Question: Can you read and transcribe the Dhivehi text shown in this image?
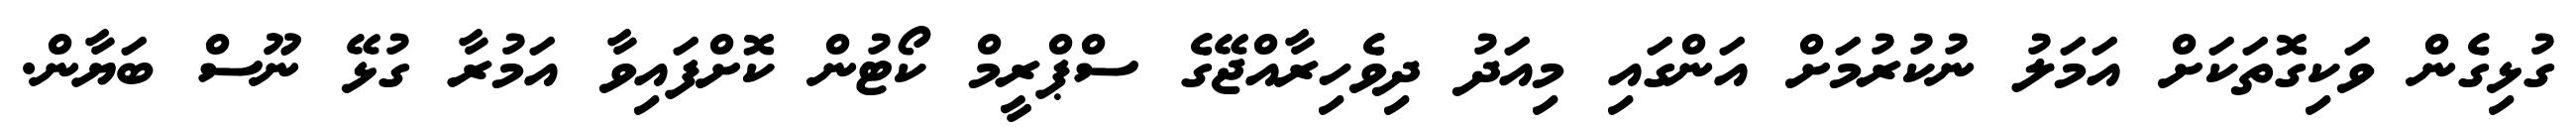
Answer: ގުޅިގެން ވަކިގޮތަކަށް އަމަލު ނުކުރުމަށް އަންގައި މިއަދު ދިވެހިރާއްޖޭގެ ސްޕްރީމް ކޯޓުން ކޮށްފައިވާ އަމުރާ ގުޅޭ ނޫސް ބަޔާން.